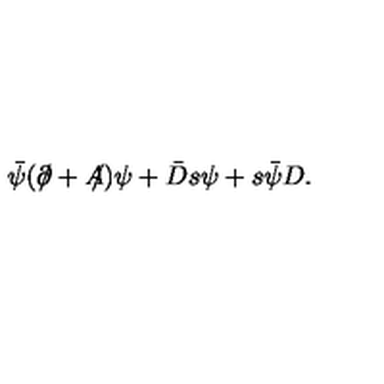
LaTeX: \bar { \psi } ( \partial \! \! \! \slash + A \! \! \! \slash ) \psi + \bar { D } s \psi + s \bar { \psi } D .